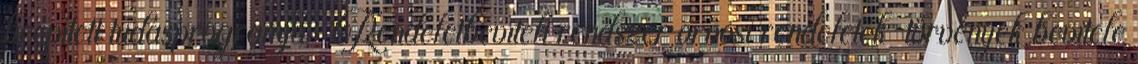
beépített tudásprogramja  Rendeletbeviteli rendszer orvosi rendeletek törvények bevitele